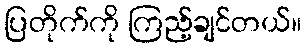
ပြတိုက်ကို ကြည့်ချင်တယ်။